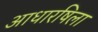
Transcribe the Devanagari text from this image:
आधारषिला